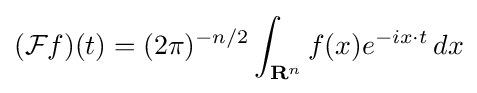
({\mathcal {F}}f)(t)=(2\pi )^{-n/2}\int _{{\mathbf {R} }^{n}}f(x)e^{-ix\cdot t}\,dx